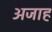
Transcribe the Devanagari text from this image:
अजाह